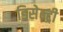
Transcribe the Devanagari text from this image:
डिसेन्ट्री